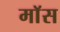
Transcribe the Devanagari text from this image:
माॅस